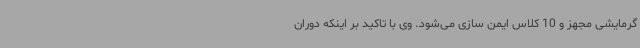
گرمایشی مجهز و 10 کلاس ایمن سازی می‌شود. وی با تاکید بر اینکه دوران